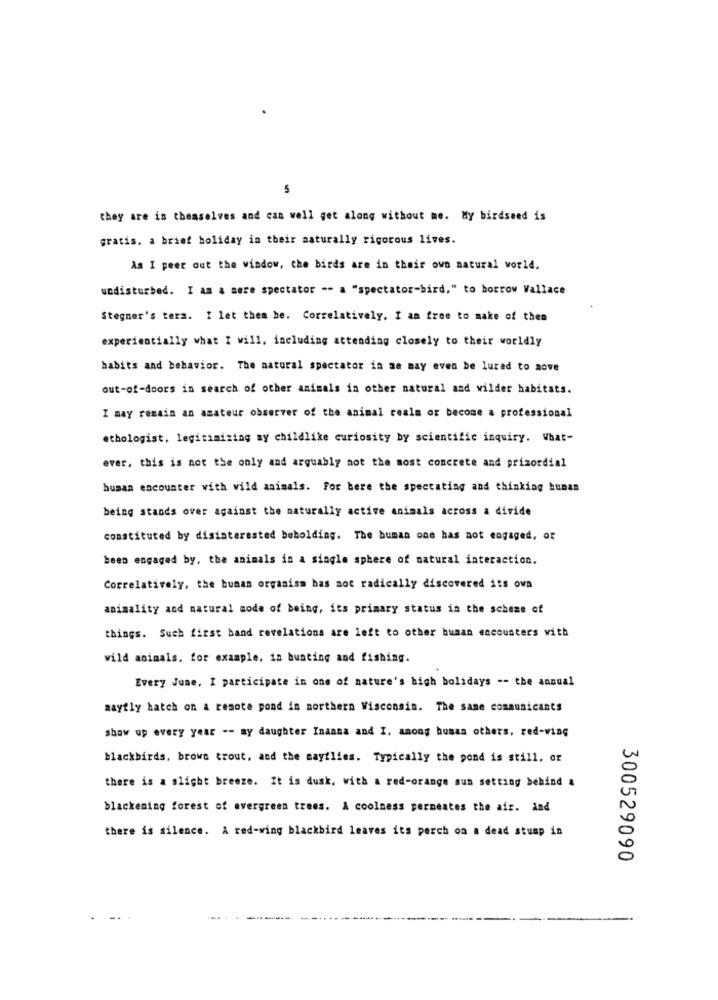
5
they are in themselves and can well get along without me. My birdseed is
gratis. a brief holiday in their naturally rigorous lives.
As I peer out the window, the birds are in their own natural world.
undisturbed. I am a sere spectator -- a "spectator-bird," to borrow Wallace
Stegner's tera. 2 let them be. Correlatively. I am free to make of thea
experientially what I will, including attending closely to their worldly
habits and behavior. The natural spectator in ae may even be lured to move
out-of-doors in search of other animals in other natural and wilder habitats.
I may remain an amateur observer of the animal reale or become a professional
ethologist, legitimizing my childlike curiosity by scientific inquiry. What-
ever, this is not the only and arguably not the most concrete and primordial
human encounter with wild animals. For bere the spectating and thinking human
being stands over against the naturally active animals across a divide
constituted by disinterested beholding. The human one has not engaged, or
been engaged by, the animals in a single sphere of natural interaction.
Correlatively, the human organism bas not radically discovered its ova
animality and natural mode of being, its primary status in the scheme of
things. Such first hand revelations are left to other human encounters with
wild animals. for example, ia bunting and fishing.
Every June, I participate in one of nature's high holidays -- the annual
mayfly hatch on a remote pond in northern Wisconsin. The same communicants
show up every year -- my daughter Inanna and I. among human others, red-wing
blackbirds, brown trout, and the mayflies. Typically the pond is still, or
there is a slight breeze. It is dusk, with a red-orange sun setting behind &
blackening forest of evergreen trees. A coolness permeates the air. And
there is silence. A red-wing blackbird leaves its perch on a dead stump in
300529090